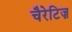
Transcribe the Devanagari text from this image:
चैरेटिज़